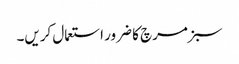
سبز مرچ کا ضرور استعمال کریں۔